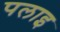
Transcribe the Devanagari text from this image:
पलाइ